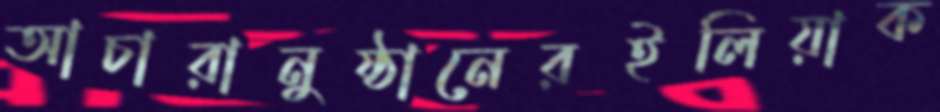
আচারানুষ্ঠানেরইলিয়াক